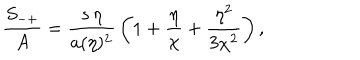
LaTeX: { \frac { S _ { - + } } { A } } = { \frac { s \, \eta } { a ( \eta ) ^ { 2 } } } \left( 1 + { \frac { \eta } { \chi } } + { \frac { \eta ^ { 2 } } { 3 \chi ^ { 2 } } } \right) ,